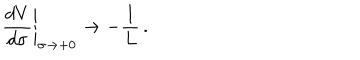
LaTeX: \left. \frac { d V } { d \sigma } \right| _ { \sigma \rightarrow + 0 } \rightarrow - \frac { 1 } { L } \, .